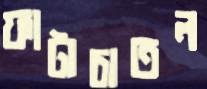
ফাটাচাতল